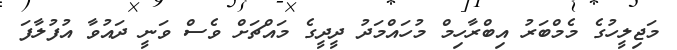
މަޖިލީހުގެ މެމްބަރު އިބްރާހިމް މުހައްމަދު ދީދީގެ މައްޗަށް ވެސް ވަނީ ދައުވާ އުފުލާފަ